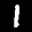
Label: 1